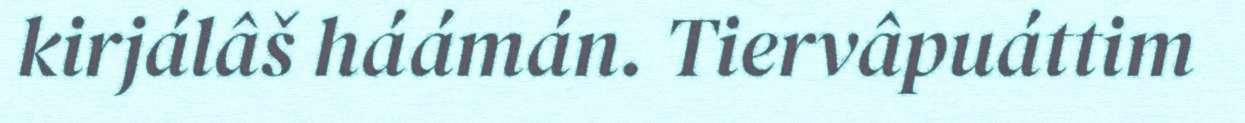
kirjálâš háámán. Tiervâpuáttim